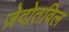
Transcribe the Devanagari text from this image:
ज़ेदोतविल